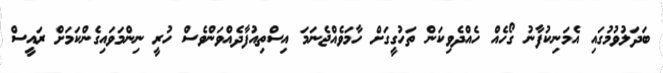
ބަދަލުވުމުގައި އެމަނިކުފާނު ގޯހެއް ހެއްދެވިކަން ތަހުގީގަށް ހާމަވެއްޖެނަމަ އިސްތިއުފާދެއްވަންވެސް ހުރީ ނިންމަވައިގެންކަމަށް ރައީސް